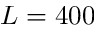
L = 4 0 0